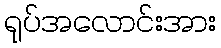
ရုပ်အလောင်းအား